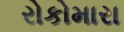
રોકોમારા